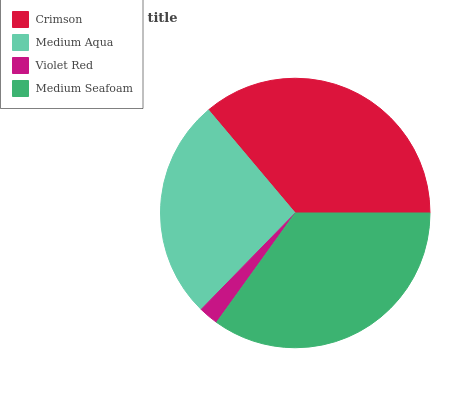
| Crimson | Medium Aqua | Violet Red | Medium Seafoam |
 | --- | --- | --- | --- |
 | 36.2% | 26.6% | 2.37% | 34.9% |